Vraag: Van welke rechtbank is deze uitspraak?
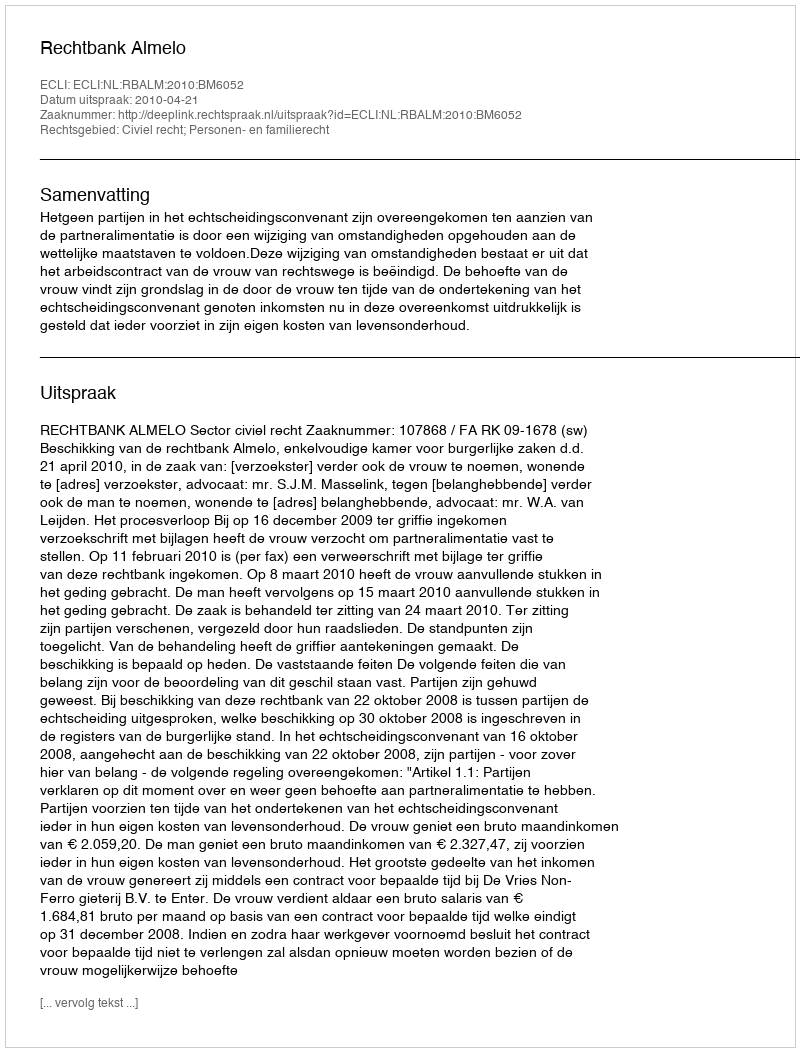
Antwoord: Rechtbank Almelo